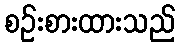
စဉ်းစားထားသည်